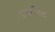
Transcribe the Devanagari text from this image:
अगामिड